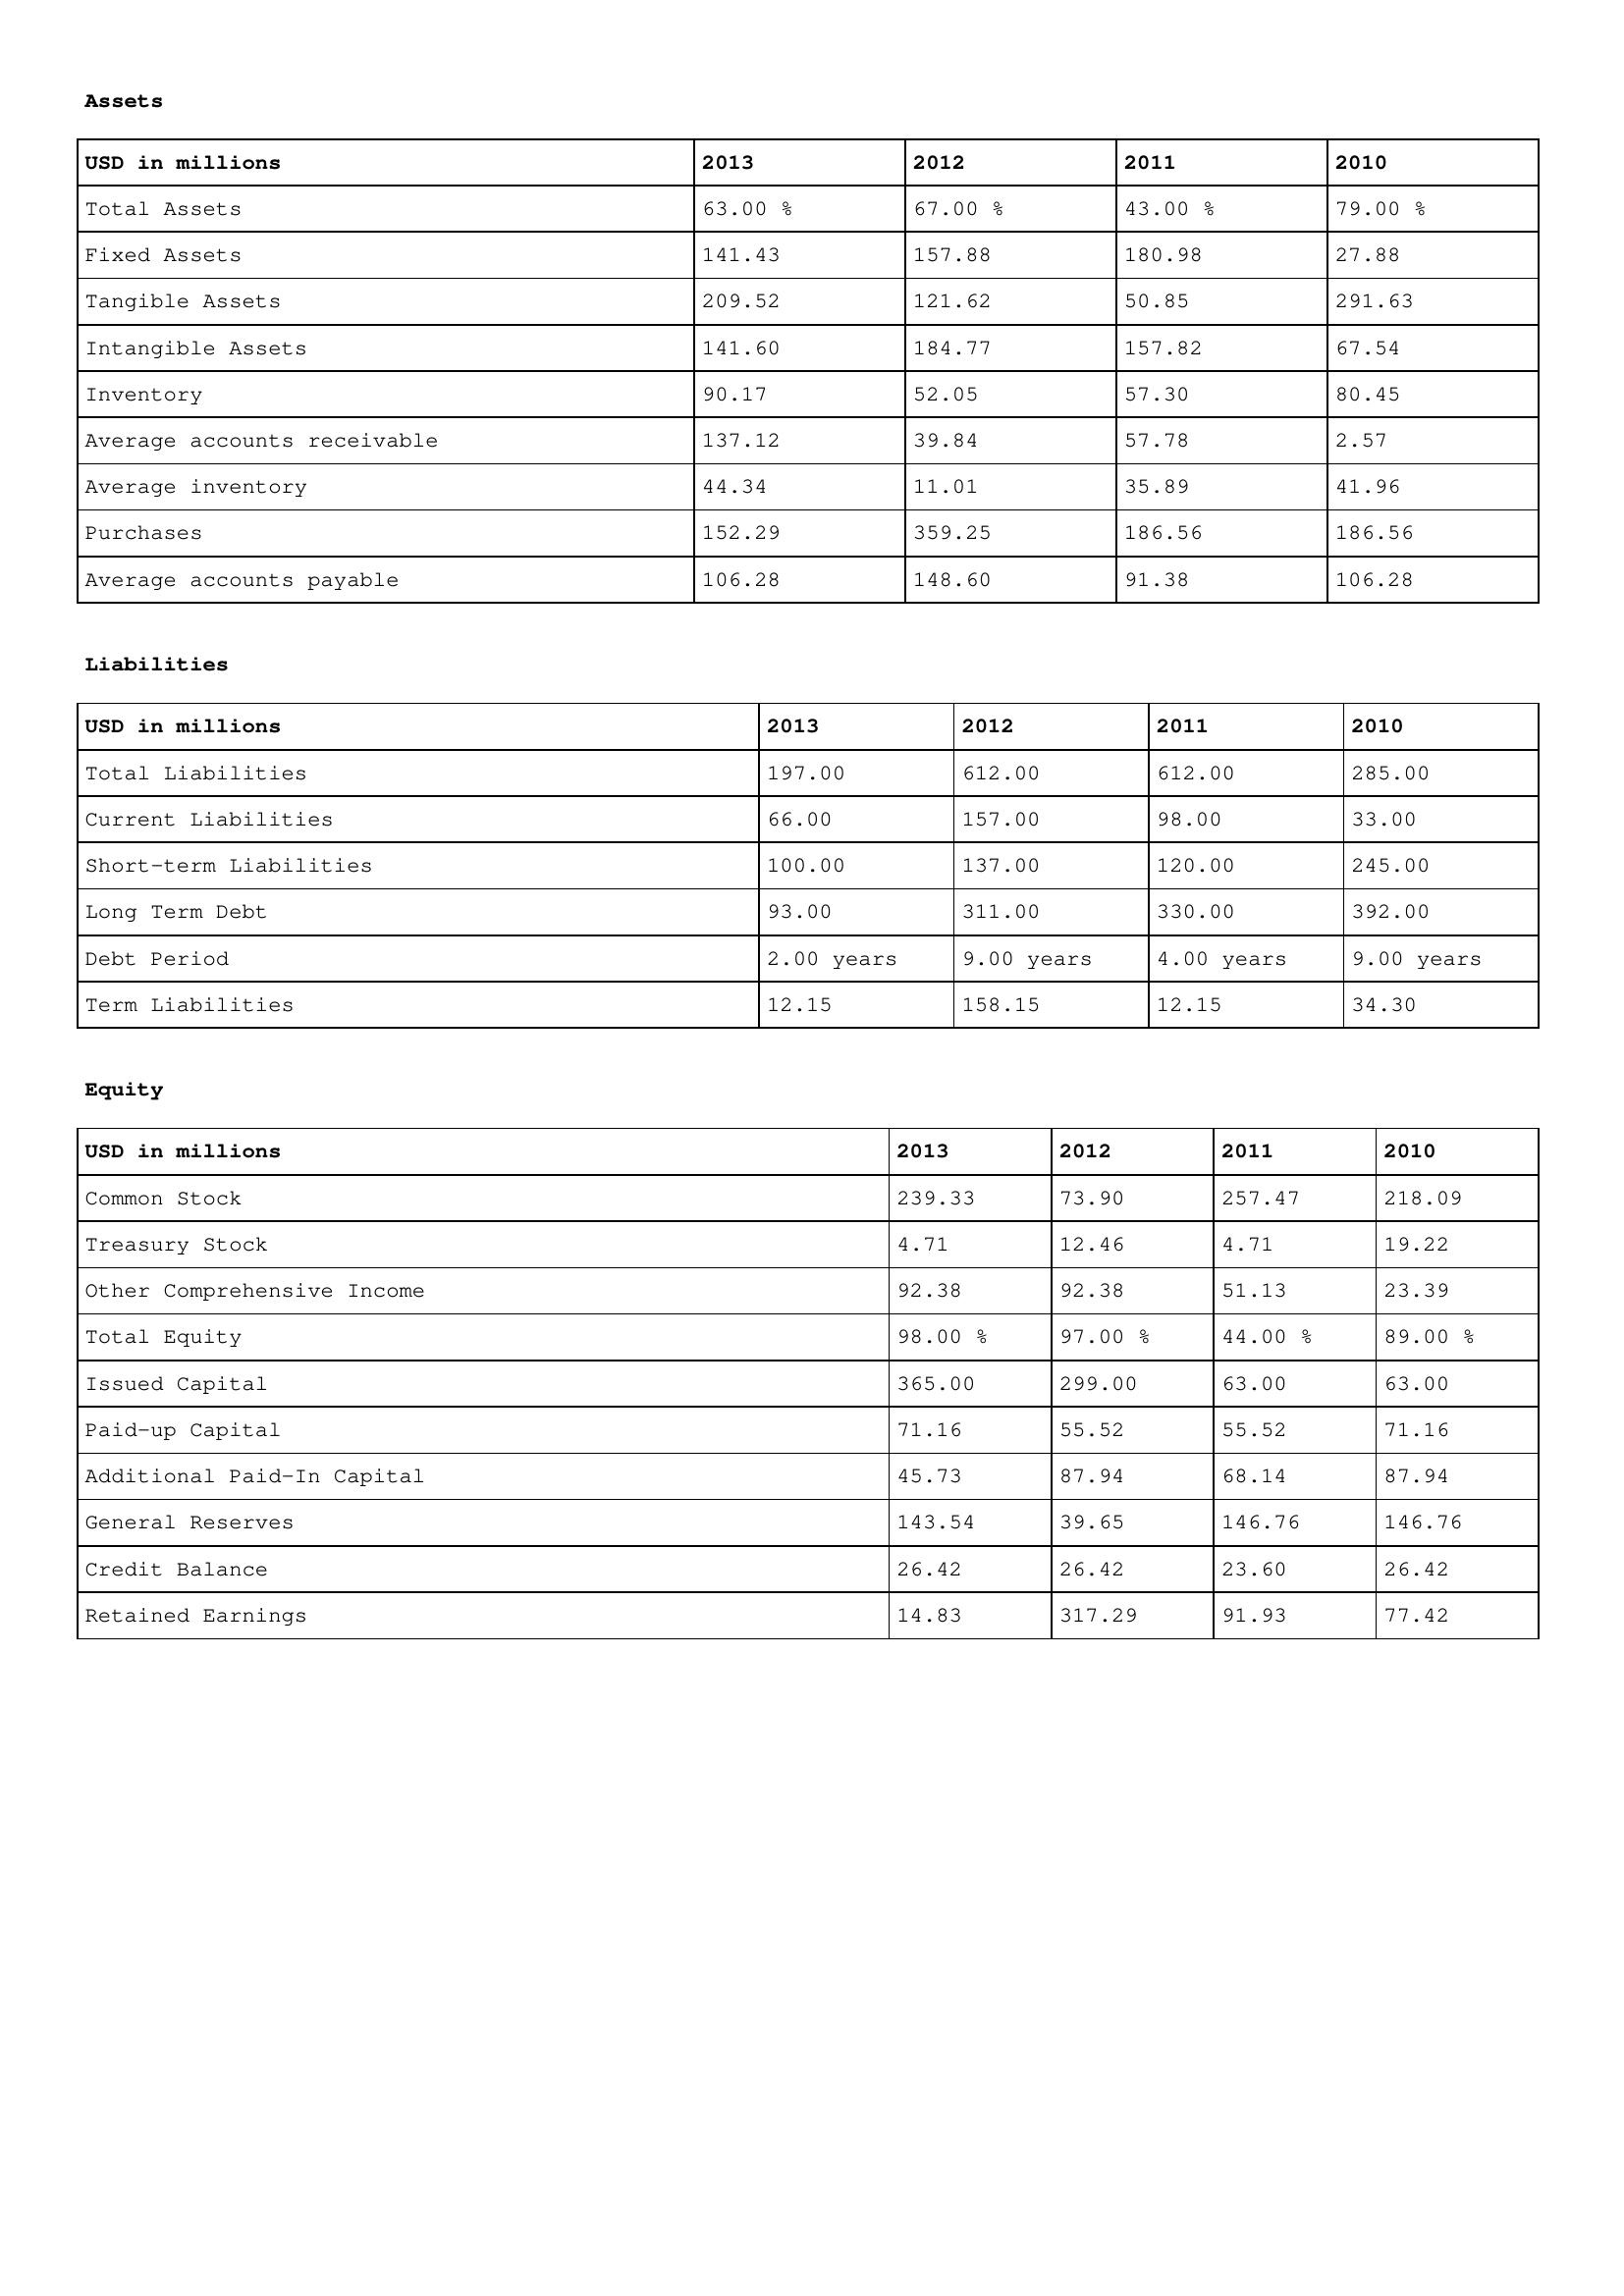
gt_parse: 2013: Assets: Total Assets: 63.00 %
Fixed Assets: 141.43
Tangible Assets: 209.52
Intangible Assets: 141.60
Inventory: 90.17
Average accounts receivable: 137.12
Average inventory: 44.34
Purchases: 152.29
Average accounts payable: 106.28
Liabilities: Total Liabilities: 197.00
Current Liabilities: 66.00
Short-term Liabilities: 100.00
Long Term Debt: 93.00
Debt Period: 2.00 years
Term Liabilities: 12.15
Equity: Common Stock: 239.33
Treasury Stock: 4.71
Other Comprehensive Income: 92.38
Total Equity: 98.00 %
Issued Capital: 365.00
Paid-up Capital: 71.16
Additional Paid-In Capital: 45.73
General Reserves: 143.54
Credit Balance: 26.42
Retained Earnings: 14.83
2012: Assets: Total Assets: 67.00 %
Fixed Assets: 157.88
Tangible Assets: 121.62
Intangible Assets: 184.77
Inventory: 52.05
Average accounts receivable: 39.84
Average inventory: 11.01
Purchases: 359.25
Average accounts payable: 148.60
Liabilities: Total Liabilities: 612.00
Current Liabilities: 157.00
Short-term Liabilities: 137.00
Long Term Debt: 311.00
Debt Period: 9.00 years
Term Liabilities: 158.15
Equity: Common Stock: 73.90
Treasury Stock: 12.46
Other Comprehensive Income: 92.38
Total Equity: 97.00 %
Issued Capital: 299.00
Paid-up Capital: 55.52
Additional Paid-In Capital: 87.94
General Reserves: 39.65
Credit Balance: 26.42
Retained Earnings: 317.29
2011: Assets: Total Assets: 43.00 %
Fixed Assets: 180.98
Tangible Assets: 50.85
Intangible Assets: 157.82
Inventory: 57.30
Average accounts receivable: 57.78
Average inventory: 35.89
Purchases: 186.56
Average accounts payable: 91.38
Liabilities: Total Liabilities: 612.00
Current Liabilities: 98.00
Short-term Liabilities: 120.00
Long Term Debt: 330.00
Debt Period: 4.00 years
Term Liabilities: 12.15
Equity: Common Stock: 257.47
Treasury Stock: 4.71
Other Comprehensive Income: 51.13
Total Equity: 44.00 %
Issued Capital: 63.00
Paid-up Capital: 55.52
Additional Paid-In Capital: 68.14
General Reserves: 146.76
Credit Balance: 23.60
Retained Earnings: 91.93
2010: Assets: Total Assets: 79.00 %
Fixed Assets: 27.88
Tangible Assets: 291.63
Intangible Assets: 67.54
Inventory: 80.45
Average accounts receivable: 2.57
Average inventory: 41.96
Purchases: 186.56
Average accounts payable: 106.28
Liabilities: Total Liabilities: 285.00
Current Liabilities: 33.00
Short-term Liabilities: 245.00
Long Term Debt: 392.00
Debt Period: 9.00 years
Term Liabilities: 34.30
Equity: Common Stock: 218.09
Treasury Stock: 19.22
Other Comprehensive Income: 23.39
Total Equity: 89.00 %
Issued Capital: 63.00
Paid-up Capital: 71.16
Additional Paid-In Capital: 87.94
General Reserves: 146.76
Credit Balance: 26.42
Retained Earnings: 77.42